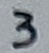
Text: 3